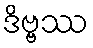
ဒိဗ္ဗဿ